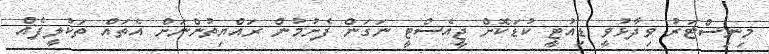
މިނިސްޓަރު ވިދާޅުވީ ޑިއުޓީ ކުޑަކޮށް ޖީއެސްޓީ ނަގަން ފެށުމުން ރައްޔިތުންނަށް އެތައް ތަކުލީފެއް